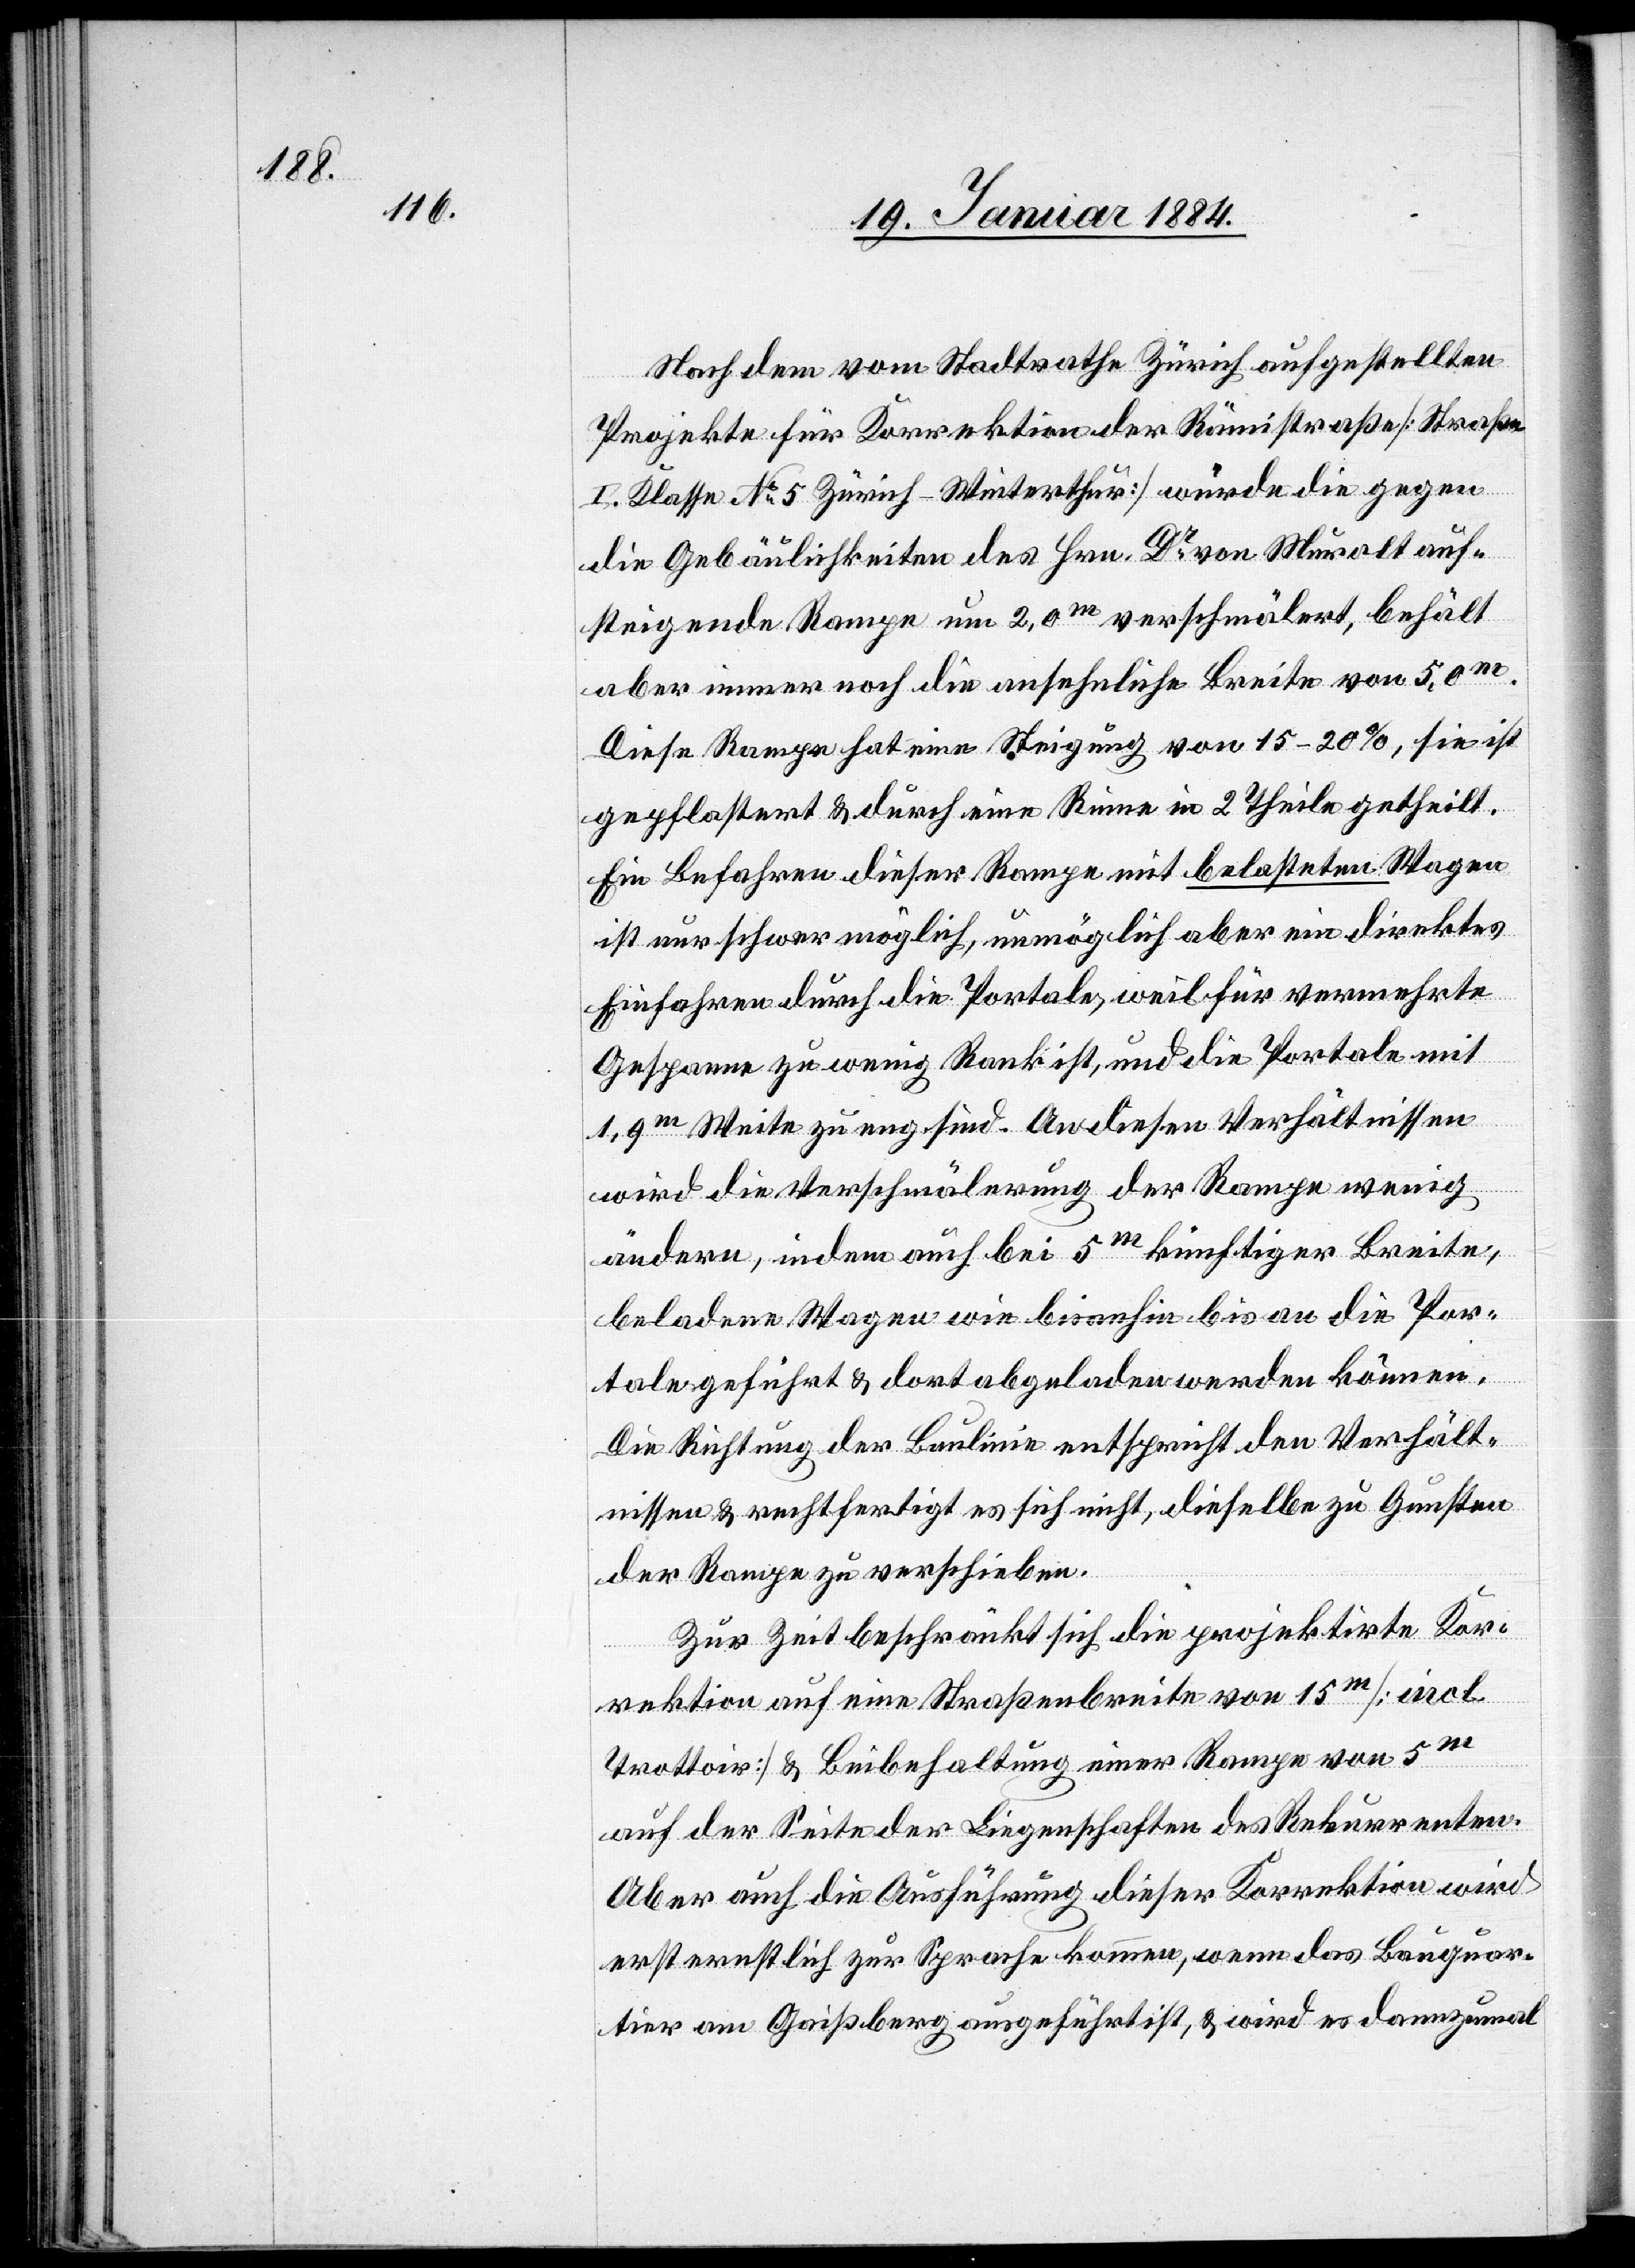
Nach dem vom Stadtrathe Zürich aufgestellten
Projekte für Korrektion der Rämistraße [Straße
I. Klasse No 5 Zürich–Winterthur] würde die gegen
die Gebäulichkeiten des Hrn. Dr von Muralt auf¬
steigende Rampe um 2,0m verschmälert, behält
aber immer noch die ansehnliche Breite von 5,0m.
Diese Rampe hat eine Steigung von 15–20%, sie ist
gepflastert & durch eine Rinne in 2 Theile getheilt.
Ein Befahren dieser Rampe mit belasteten Wagen
ist nur schwer möglich, unmöglich aber ein direktes
Einfahren durch die Portale, weil für vermehrte
Gespanne zu wenig Rank ist, und die Portale mit
1,9m Weite zu eng sind. An diesen Verhältnissen
wird die Verschmälerung der Rampe wenig
ändern, indem auch bei 5m künftiger Breite,
beladene Wagen wie bis anhin bis an die Por¬
tale geführt & dort abgeladen werden können.
Die Richtung der Baulinie entspricht den Verhält¬
nissen & rechtfertigt es sich nicht, dieselbe zu Gunsten
der Rampe zu verschieben.
Zur Zeit beschränkt sich die projektirte Kor¬
rektion auf eine Straßenbreite von 15m [incl.
Trottoir] & Beibehaltung einer Rampe von 5m
auf der Seite der Liegenschaften des Rekurrenten.
Aber auch die Ausführung dieser Korrektion wird
ernstlich zur Sprache kommen, wenn das Bauquar¬
tier am Gaißberg ausgeführt ist, & wird es dannzumal